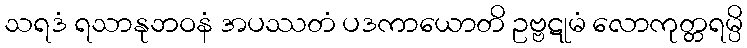
သရဒံ ရသာနုဘဝနံ အပဿတံ ပဒကာယောတိ ဥဗ္ဗဋုမံ လောကုတ္တရမ္ပိ